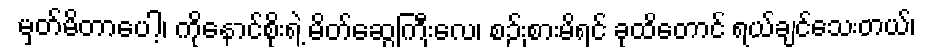
မှတ်မိတာပေါ့၊ ကိုနောင်စိုးရဲ့ မိတ်ဆွေကြီးလေ၊ စဉ်းစားမိရင် ခုထိတောင် ရယ်ချင်သေးတယ်၊